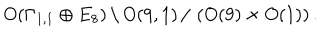
LaTeX: O ( \Gamma _ { 1 , 1 } \oplus E _ { 8 } ) \, \backslash \, O ( 9 , 1 ) \, / \, \left( O ( 9 ) \times O ( 1 ) \right) .